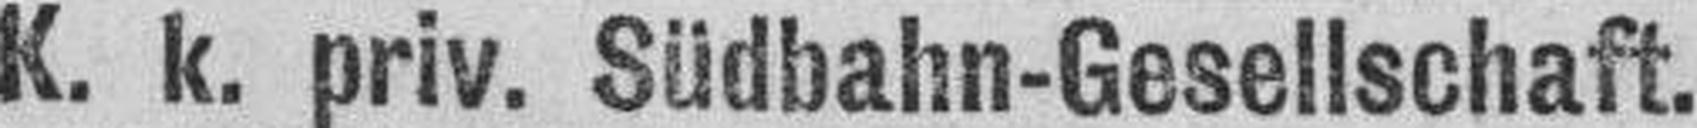
K. k. priv. Südbahn-Gesellschaft.